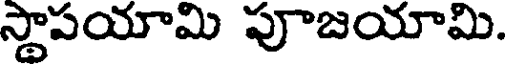
స్థాపయామి పూజయామి.